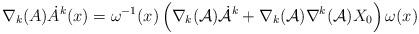
LaTeX: \begin{align*}\nabla_{k}(A) \dot {A}^{k}(x) = \omega^{-1}(x)\left (\nabla_{k}({\cal A}){\dot {\cal A}}^{k}+ \nabla_{k}({\cal A})\nabla^{k}({\cal A})X_{0} \right ) \omega(x)\end{align*}